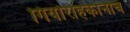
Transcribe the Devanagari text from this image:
गिर्यारोहकांनाच